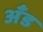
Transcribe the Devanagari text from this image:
अँड